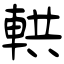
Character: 輁